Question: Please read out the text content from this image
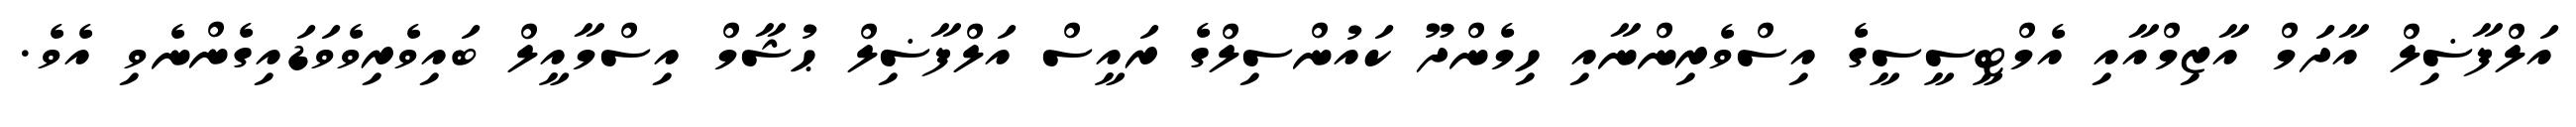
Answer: އަލްފާޟިލް އާދަމް އާޒިމްއާއި އެމްޓީސީސީގެ އިސްވެރިންނާއި ހިމެންދޫ ކައުންސިލްގެ ރައީސް އަލްފާޟިލް ޙުޝާމް އިސްމާއީލް ބައިވެރިވެވަޑައިގެންނެވި އެވެ.